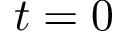
t = 0